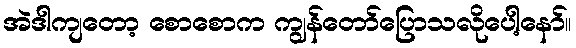
အဲဒါကျတော့ စောစောက ကျွန်တော်ပြောသလိုပေါ့နော်။